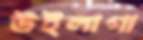
উইলাগা